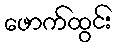
ဖောက်ထွင်း